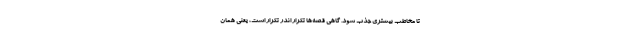
تا مخاطب بیشتری جذب شود. گاهی قصه‌ها تکرار اندر تکرار است، یعنی همان